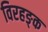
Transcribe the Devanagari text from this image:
विरहङ्क